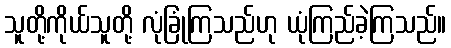
သူတို့ကိုယ်သူတို့ လုံခြုံကြသည်ဟု ယုံကြည်ခဲ့ကြသည်။